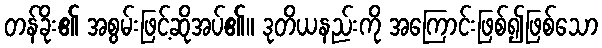
တန်ခိုး၏ အစွမ်းဖြင့်ဆိုအပ်၏။ ဒုတိယနည်းကို အကြောင်းဖြစ်၍ဖြစ်သော